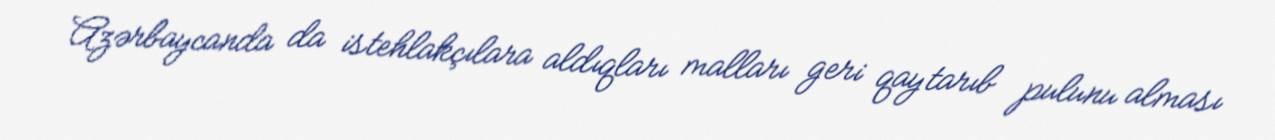
Azərbaycanda da istehlakçılara aldıqları malları geri qaytarıb pulunu alması